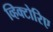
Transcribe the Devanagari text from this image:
व्हिक्टोरिए